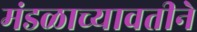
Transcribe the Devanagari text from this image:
मंडळाच्यावतीने